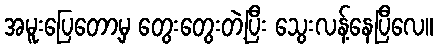
အမူးပြေတော့မှ တွေးတွေးတဲ့ပြီး သွေးလန့်နေပြီလေ။